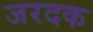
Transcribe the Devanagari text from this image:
जरदक